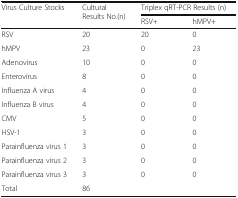
| <ROWSPAN=2> Virus Culture Stocks | <ROWSPAN=2> Cultural Results No.(n) | <COLSPAN=2> Triplex qRT-PCR Results (n) |
 | RSV+ | hMPV+ |
 | --- | --- | --- | --- |
 | RSV | 20 | 20 | 0 |
 | hMPV | 23 | 0 | 23 |
 | Adenovirus | 10 | 0 | 0 |
 | Enterovirus | 8 | 0 | 0 |
 | Influenza A virus | 4 | 0 | 0 |
 | Influenza B virus | 4 | 0 | 0 |
 | CMV | 5 | 0 | 0 |
 | HSV-1 | 3 | 0 | 0 |
 | Parainfluenza virus 1 | 3 | 0 | 0 |
 | Parainfluenza virus 2 | 3 | 0 | 0 |
 | Parainfluenza virus 3 | 3 | 0 | 0 |
 | Total | <COLSPAN=3> 86 |